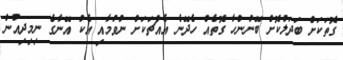
ގޮތަކަށް ބަދަލުކޮށް ބޭނުންހާ ގޮތެއް ހެދޭނެ އެއްޗަކަށް ނުވުމާއި އެކު އޭނާގެ ނިމިދިއުން